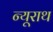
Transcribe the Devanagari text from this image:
न्यूराथ